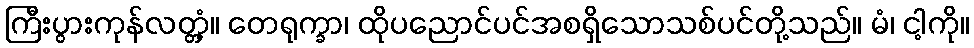
ကြီးပွားကုန်လတ္တံ့။ တေရုက္ခာ၊ ထိုပညောင်ပင်အစရှိသောသစ်ပင်တို့သည်။ မံ၊ ငါ့ကို။